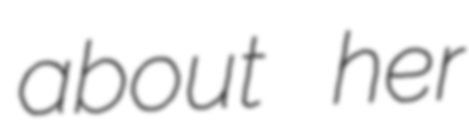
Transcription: about her